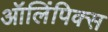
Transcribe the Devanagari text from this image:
ऑलिंपिक्स